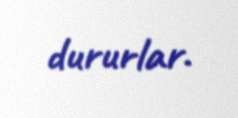
dururlar.